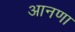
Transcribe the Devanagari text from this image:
आनणा